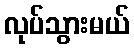
လုပ်သွားမယ်